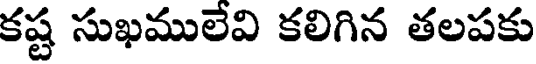
కష్ట సుఖములేవి కలిగిన తలపకు